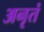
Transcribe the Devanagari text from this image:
अनृतं